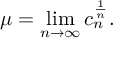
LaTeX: \mu = \operatorname* { l i m } _ { n \to \infty } c _ { n } ^ { \frac { 1 } { n } } .